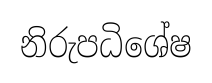
නිරුපධිශේෂ